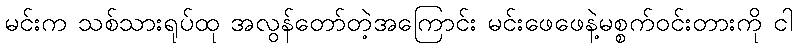
မင်းက သစ်သားရုပ်ထု အလွန်တော်တဲ့အကြောင်း မင်းဖေဖေနဲ့မစ္စက်ဝင်းတားကို ငါ